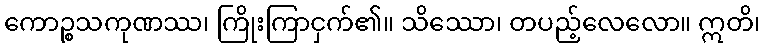
ကောဉ္စသကုဏဿ၊ ကြိုးကြာငှက်၏။ သိဿော၊ တပည့်လေလော။ ဣတိ၊